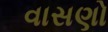
વાસણો